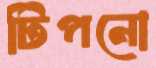
টিপনো